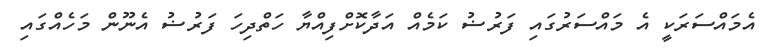
އެމައްސަރަކީ އެ މައްސަރުގައި ފަރުޟު ކަމެއް އަދާކޮށްފިއްޔާ ހަތްދިހަ ފަރުޟު އެނޫން މަހެއްގައި